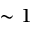
\sim 1